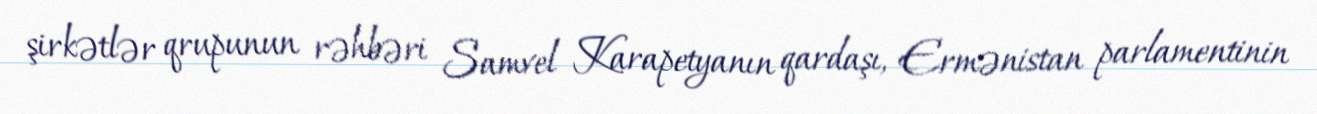
şirkətlər qrupunun rəhbəri Samvel Karapetyanın qardaşı, Ermənistan parlamentinin